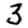
Digit: 3